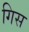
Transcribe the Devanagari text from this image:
गिस